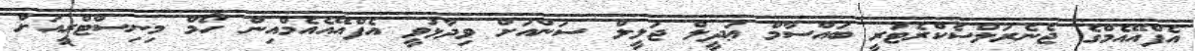
އެފްއޭއެމްގެ ޖެނެރަލްސެކްރެޓަރީ ބައްސާމް ޢަދީލް ޖަލީލް ސަންއަށް ވިދާޅުވީ އެފްއޭއެއެމްއިން ހޯމް މިނިސްޓްރީއަށް